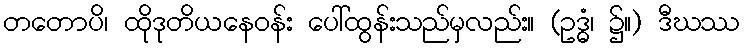
တတောပိ၊ ထိုဒုတိယနေဝန်း ပေါ်ထွန်းသည်မှလည်း။ (ဥဒ္ဓံ၊ ၌။) ဒီဃဿ